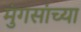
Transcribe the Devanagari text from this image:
मुंगसांच्या